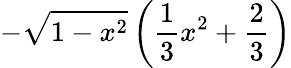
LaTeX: -\sqrt{1-x^{2}}\left(\frac{1}{3}x^{2}+\frac{2}{3}\right)